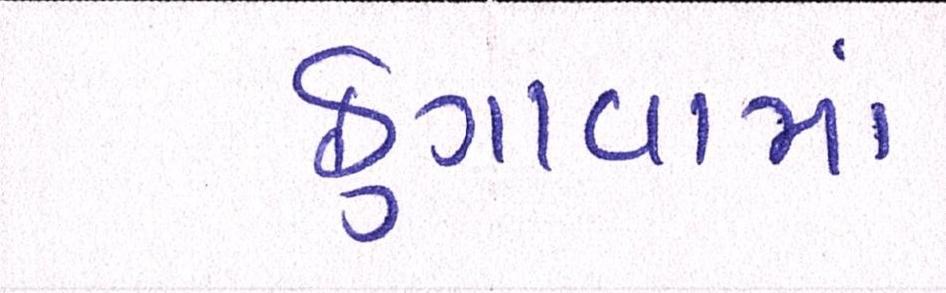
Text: ફુગાવામાં